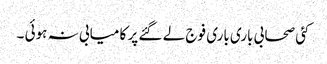
کئی صحابی باری باری فوج لے گئے پر کا میابی نہ ہوئی ۔